Riigikantselei, lk 17
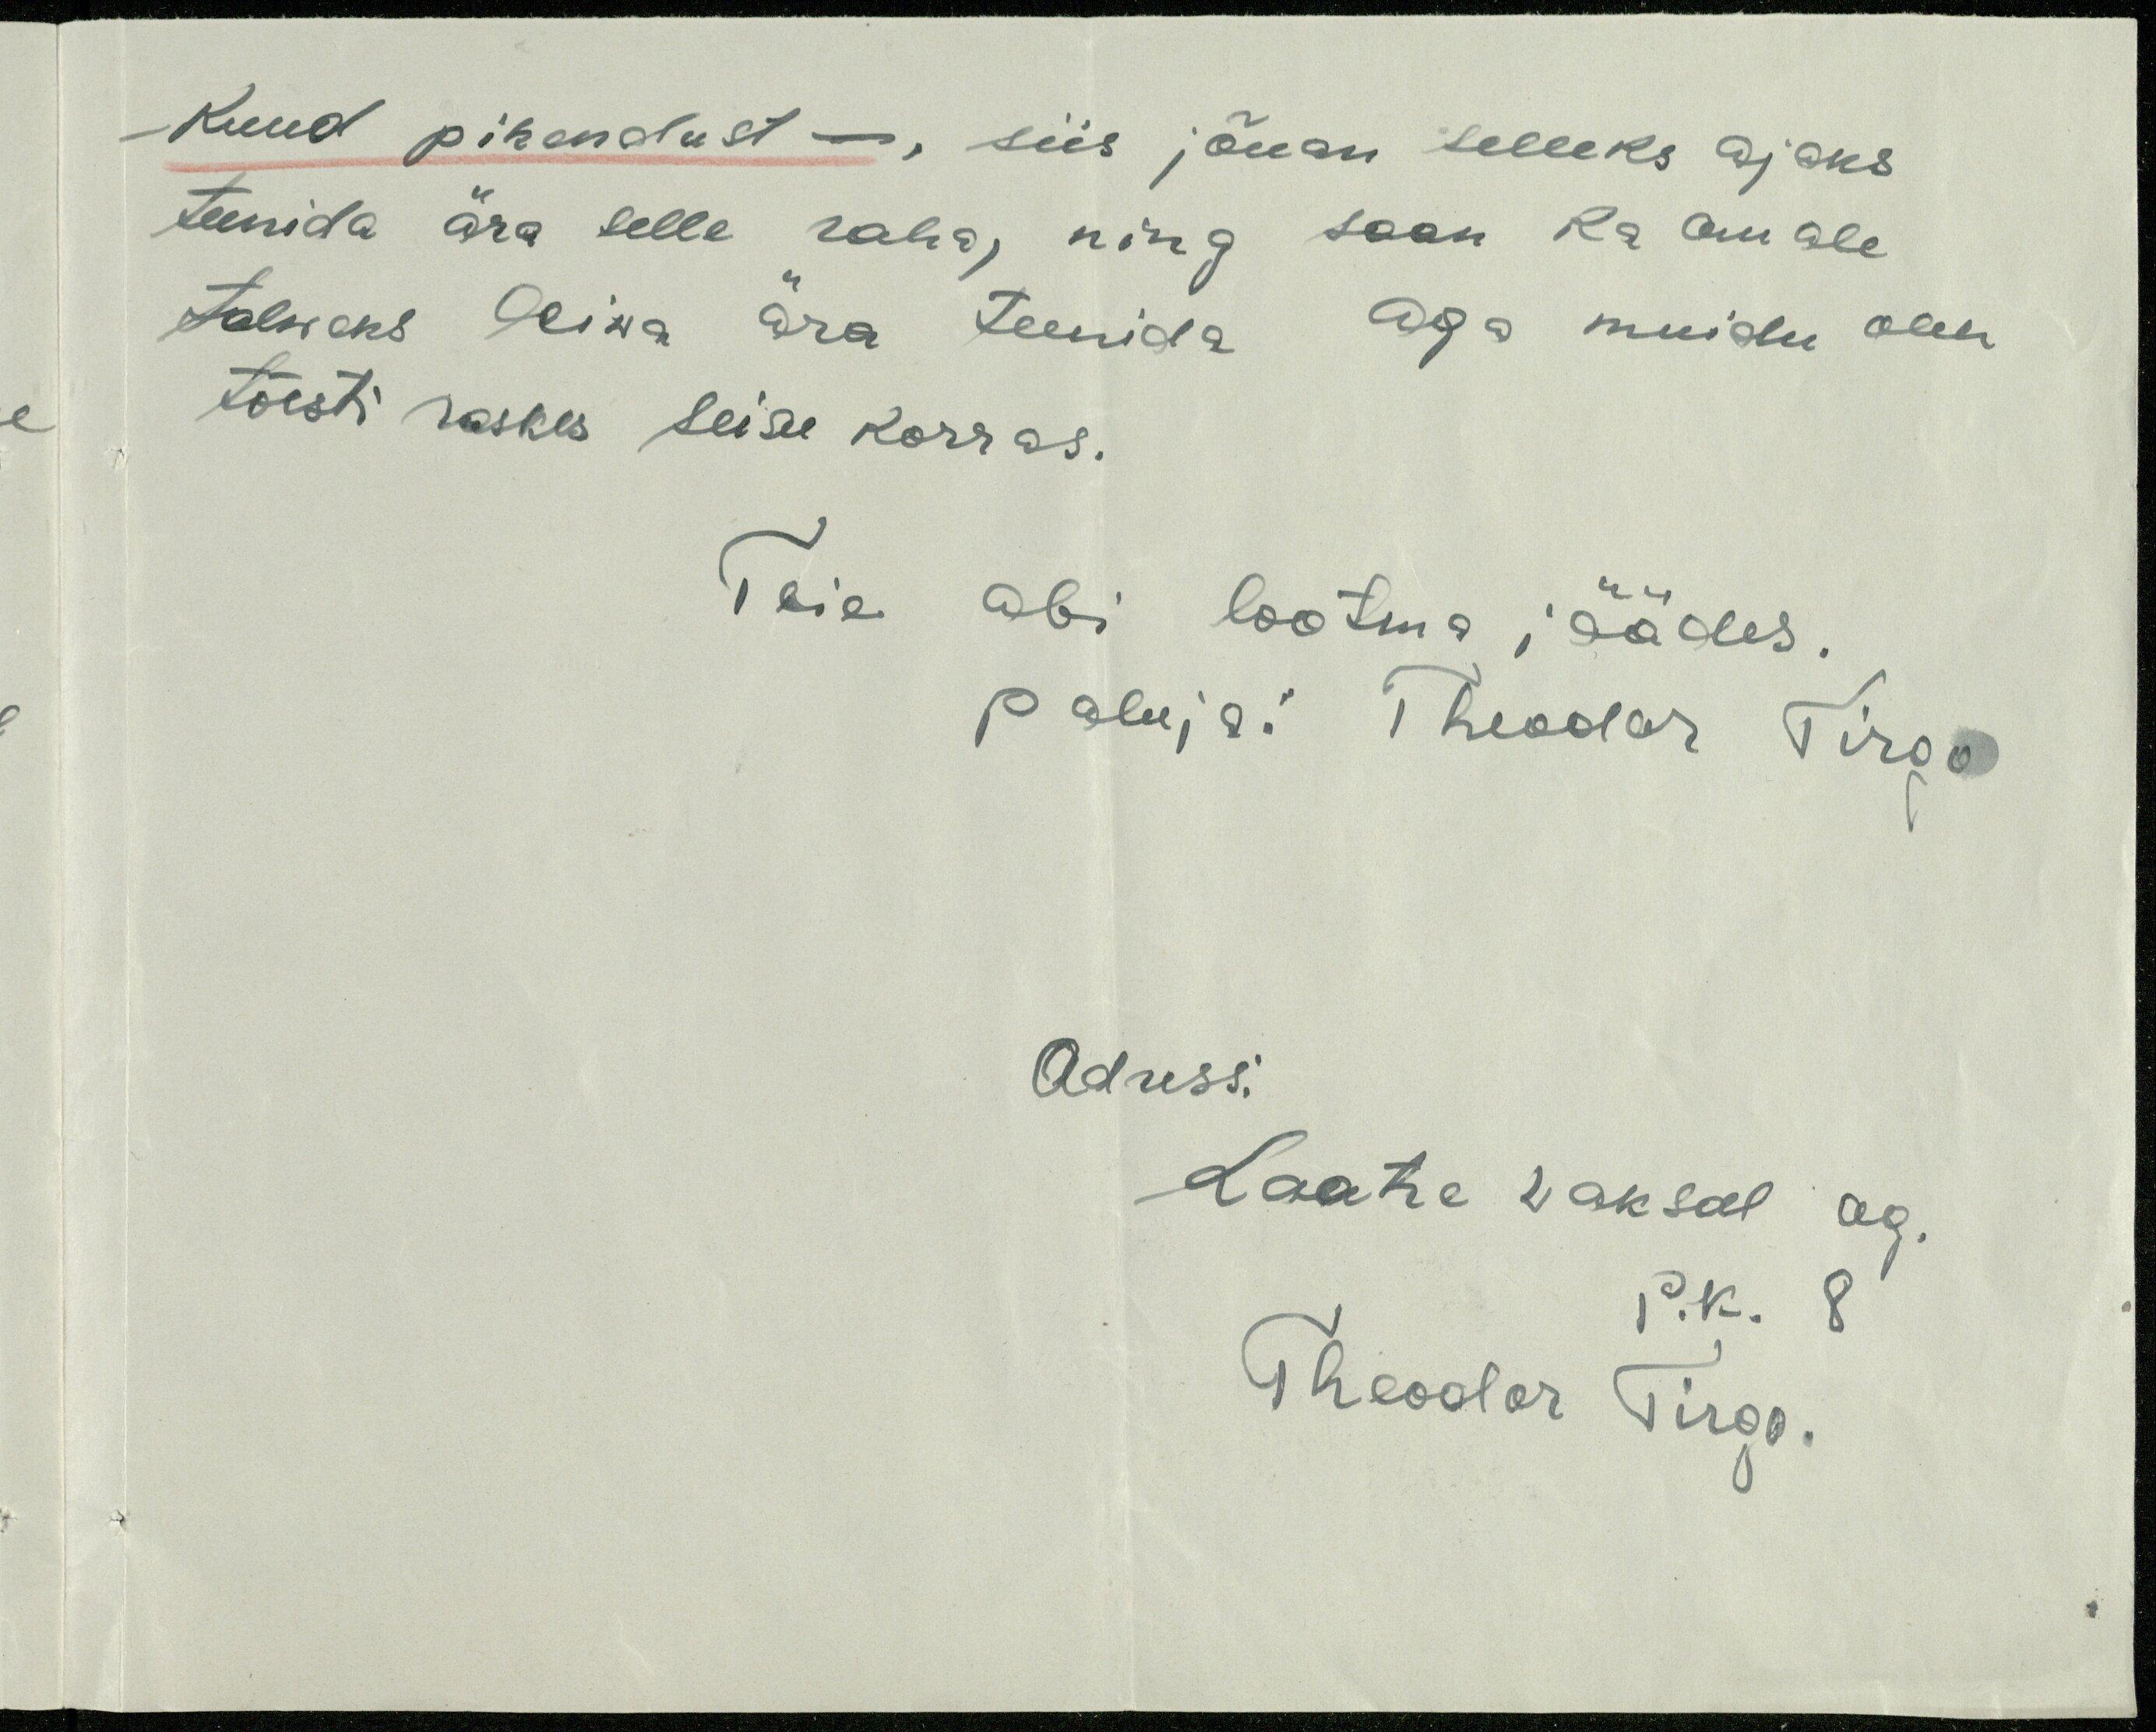
kuud pikendust -, siis jõuan selleks ajaks
teenida ära selle raha, ning saan ka omale
talweks leiwa ära teenida aga muidu olen
tõesti raskes seisu korras.
Teie abi lootma jäädes.
paluja: Theodor Tirgo
Adress:
Laatre vaksal ag.
P.k. 8
Theodor Tirgo.